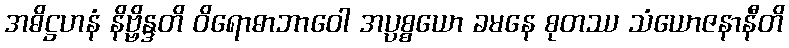
အဓိဋ္ဌဟနံ နိဗ္ဗိန္ဒတိ ဝိရောဓာဘာဝေါ အပ္ပစ္စယော ခမနေ စုတဿ သံယောဇနာနီတိ